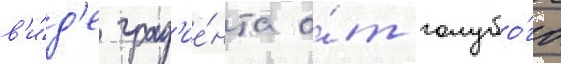
в'и́д'е град'ие́нта о́т голубо́го